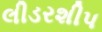
લીડરશીપ